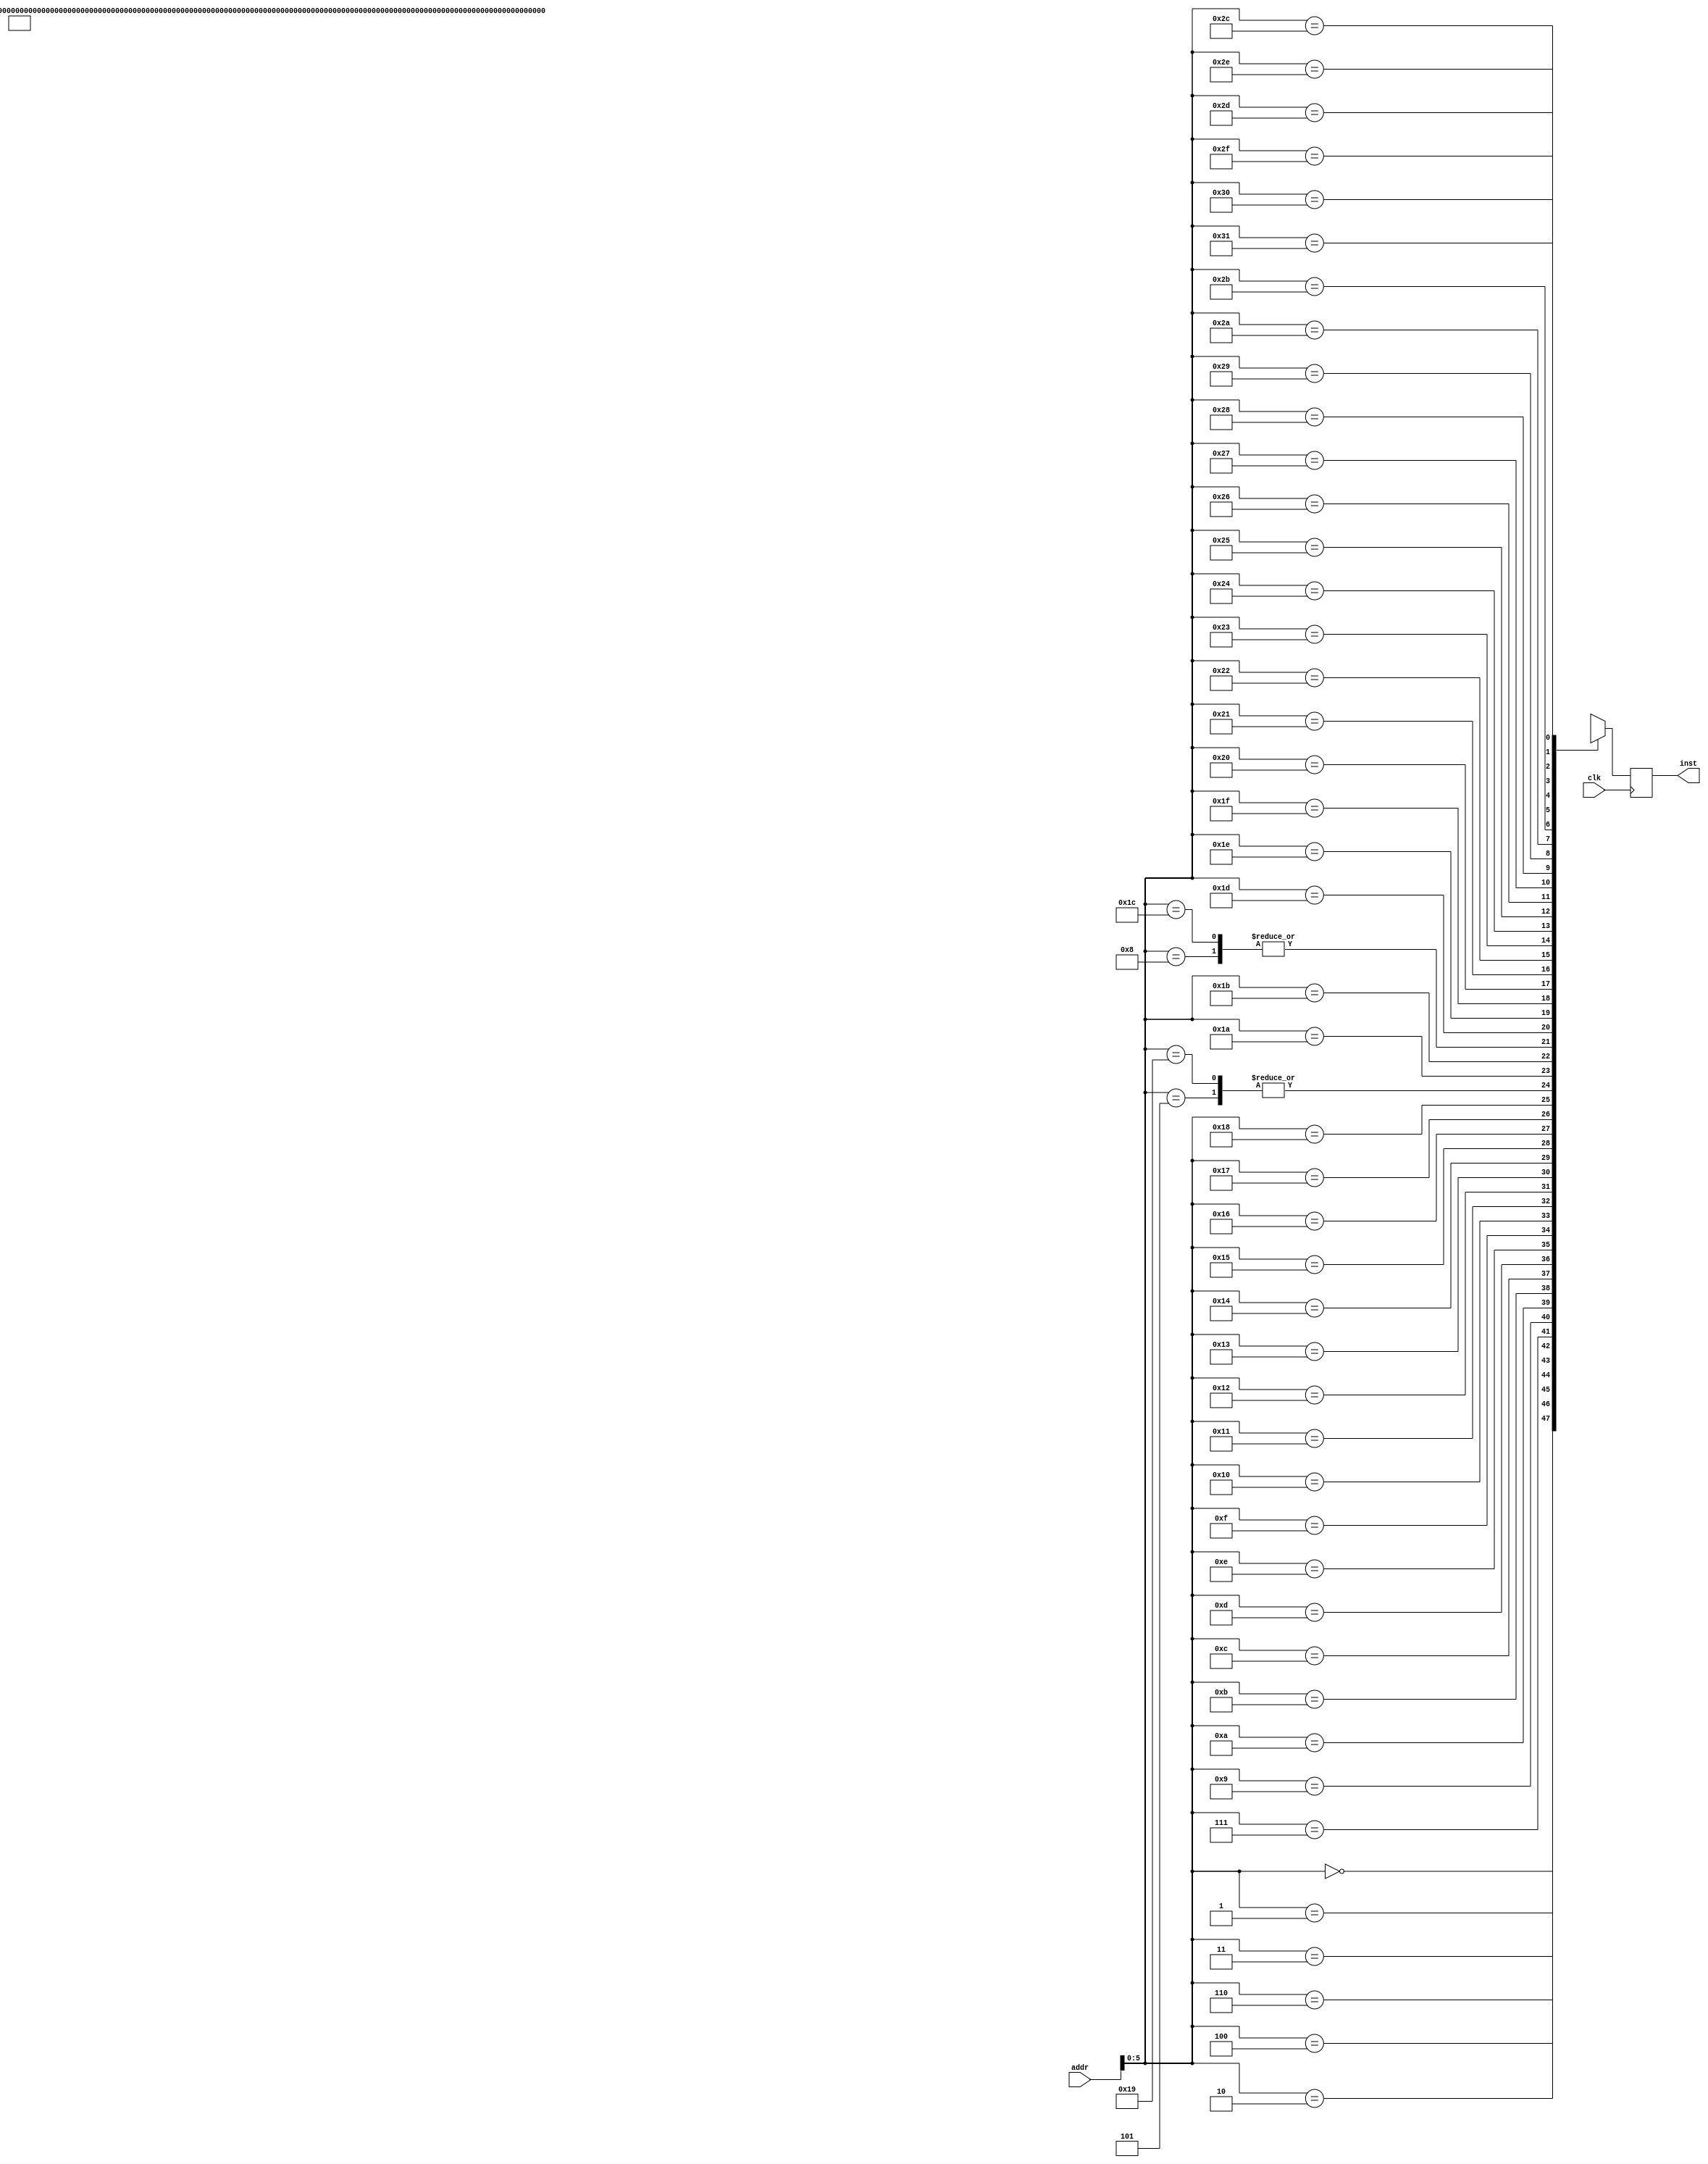
`timescale 1ps / 1ps
module inst_rom (  //  
    input clk,
    input [7:0] addr,
    output [31:0] inst
);
  wire [31:0] inst_rom[49:0];  // 7'b000_0000~7'b111_1111
  //-------------  ---------||-----------  -----------|-  -----//
  assign inst_rom[0] = 32'h3c010000;  //(00) | main:    lui $1, #0            | $1 = 0000_0000H 
  assign inst_rom[1] = 32'h34240000;  //(04) |          ori $4, $1, #0x00     | $4 = 0000_0000H 
  assign inst_rom[2] = 32'h24050004;  //(08) |          addiu $5, $0, #4      | $5 = 0000_0004H
  assign inst_rom[3] = 32'h0c000018;  //(0C) | call:    jal sum               | pc = 0000_0060H 

  assign inst_rom[4] = 32'hac820000;  //(10) |          sw $2, #0($4)         | Mem[10H] = 0000_000AH 
  assign inst_rom[5] = 32'h8c890000;  //(14) |          lw $9, #0($4)         | $9 = 0000_000AH 
  assign inst_rom[6] = 32'h01244023;  //(18) |          subu $8, $9, $4       | $8 =  FFFF_FFFAH (-6D)
  assign inst_rom[7] = 32'h24050003;  //(1C) |          addiu $5, $0, #3      | $5 = 0000_0003H 
  assign inst_rom[8] = 32'h24a5ffff;  //(20) | loop2:   addiu $5, $5, #-1     | $5 = $5 - 1 
  assign inst_rom[9]  = 32'h34a8ffff; //(24) |          ori $8, $5, #0xffff   | $8 = 0000_FFFFH 
  assign inst_rom[10] = 32'h39085555; //(28) |          xori $8, $8, #0x5555  | $8 = 0000_AAAAH
  assign inst_rom[11] = 32'h2409ffff; //(2C) |          addiu $9, $0, #-1     | $9 = FFFF_FFFFH 
  assign inst_rom[12] = 32'h312affff; //(30) |          andi $10, $9, #0xffff | $10 = 0000_FFFFH 
  assign inst_rom[13] = 32'h01493025; //(34) |          or $6, $10, $9        | $6 = FFFF_FFFFH 
  assign inst_rom[14] = 32'h01494026; //(38) |          xor $8, $10, $9       | $8 = FFFF_0000H 
  assign inst_rom[15] = 32'h01463824; //(3C) |          and $7, $10, $6       | $7 = 0000_FFFFH 
  assign inst_rom[16] = 32'h10a00002; //(40) |          beq $5, $0, shift     | if $5 == 0: pc = 0000_0048H 
  assign inst_rom[17] = 32'h08000008; //(44) |          j loop2               | pc = 0000_0020H
  assign inst_rom[18] = 32'h2405ffff; //(48) | shift:   addiu $5, $0, #-1     | $5 = FFFF_FFFFH 
  assign inst_rom[19] = 32'h000543c0; //(4C) |          sll $8, $5, #15       | $8 = FFFF_8000H 
  assign inst_rom[20] = 32'h00084400; //(50) |          sll $8, $8, #16       | $8 = 8000_0000H 
  assign inst_rom[21] = 32'h00084403; //(54) |          sra $8, $8, #16       | $8 = FFFF_8000H 
  assign inst_rom[22] = 32'h000843c2; //(58) |          srl $8, $8, #15       | $8 = 0001_FFFFH 
  assign inst_rom[23] = 32'h08000017; //(5C) | finish:  j finish              | pc = 0000_005CH

  assign inst_rom[24] = 32'h00004021; //(60) | sum:     addu $8, $0, $0       | $8 = 0000_0000H 
  assign inst_rom[25] = 32'h8c890000; //(64) | loop1:   lw $9, #0($4)         | $9 = Mem[00H] = 0000_0001H 
  assign inst_rom[26] = 32'h24840004; //(68) |          addiu $4, $4, #4      | $4 = $4 + 4 
  assign inst_rom[27] = 32'h01094021; //(6C) |          addu $8, $8, $9       | $8 = $8 + $9 
  assign inst_rom[28] = 32'h24a5ffff; //(70) |          addiu $5, $5, #-1     | $5 = $5 - 1
  assign inst_rom[29] = 32'h14a0fffc; //(74) |          bne $5, $0, loop1     | if $5 != 0: pc = 0000_0064H 
  assign inst_rom[30] = 32'h00081000; //(78) |          sll $2, $8, #0        | $2 = 0000_000AH 
  assign inst_rom[31] = 32'h03e00008; //(7c) |          jr $31                | pc = 0000_0010H 

  reg [31:0] inst_r;
  always @(posedge clk) begin  // 
    inst_r <= inst_rom[addr];
  end
  assign inst = inst_r;
endmodule